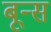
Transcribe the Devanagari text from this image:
बून्स